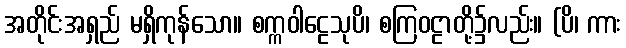
အတိုင်းအရှည် မရှိကုန်သော။ စက္ကဝါဠေသုပိ၊ စကြဝဠာတို့၌လည်း။ (ပိ၊ ကား